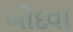
ખોદવા